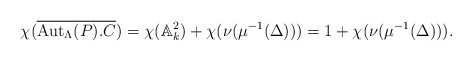
\begin{align*}\chi(\overline{\mathrm{Aut}_\Lambda(P) . C}) = \chi(\mathbb{A}^2_k) + \chi(\nu(\mu^{-1}(\Delta))) = 1 + \chi(\nu(\mu^{-1}(\Delta))).\end{align*}